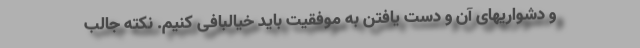
و دشواریهای آن و دست یافتن به موفقیت باید خیالبافی کنیم. نکته جالب